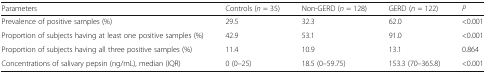
<table><thead><tr><td><b>Parameters</b></td><td><b>Controls (<i>n</i> = 35)</b></td><td><b>Non-GERD (<i>n</i> = 128)</b></td><td><b>GERD (<i>n</i> = 122)</b></td><td><b><i>P</i></b></td></tr></thead><tbody><tr><td>Prevalence of positive samples (%)</td><td>29.5</td><td>32.3</td><td>62.0</td><td>&lt;0.001</td></tr><tr><td>Proportion of subjects having at least one positive samples (%)</td><td>42.9</td><td>53.1</td><td>91.0</td><td>&lt;0.001</td></tr><tr><td>Proportion of subjects having all three positive samples (%)</td><td>11.4</td><td>10.9</td><td>13.1</td><td>0.864</td></tr><tr><td>Concentrations of salivary pepsin (ng/mL), median (IQR)</td><td>0 (0–25)</td><td>18.5 (0–59.75)</td><td>153.3 (70–365.8)</td><td>&lt;0.001</td></tr></tbody></table>